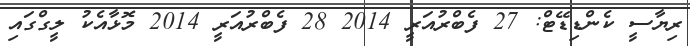
ރިޔާސީ ކެންޑިޑޭޓް: 27 ފެބްރުއަރީ 2014 28 ފެބްރުއަރީ 2014 މޮޅާއެކު ލީގްގައި